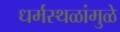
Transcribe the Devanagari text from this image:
धर्मस्थळांमुळे